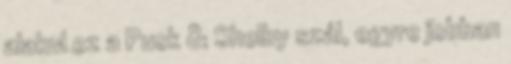
alakul ez a Puck & Shelby szál, egyre jobban